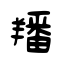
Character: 羳